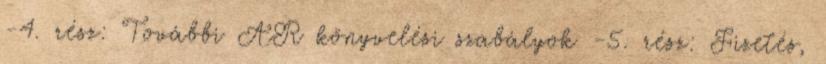
-4. rész: További AR könyvelési szabályok -5. rész: Fizetés,